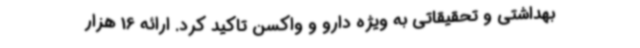
بهداشتی و تحقیقاتی به ویژه دارو و واکسن تاکید کرد. ارائه 16 هزار